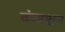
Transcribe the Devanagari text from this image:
कंबश्चन